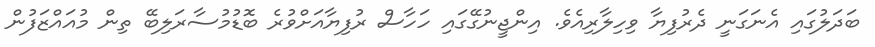
ބަދަލުގައި އެނަގަނީ ދެރުފިޔާ ވިހިލާރިއެވެ. އިންޖީނުގޭގައި ހަހާސް ރުފިޔާއަށްވުރެ ބޮޑުމުސާރަލިބޭ ތިން މުއައްޒަފުން